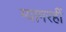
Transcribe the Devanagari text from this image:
ग्यागरहीं